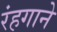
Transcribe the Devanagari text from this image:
रंहगाने